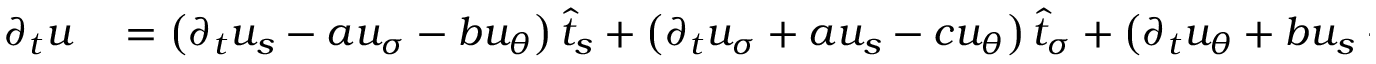
\begin{array} { r l } { \partial _ { t } u } & { { } = \left( \partial _ { t } u _ { s } - a u _ { \sigma } - b u _ { \theta } \right) \widehat { t } _ { s } + \left( \partial _ { t } u _ { \sigma } + a u _ { s } - c u _ { \theta } \right) \widehat { t } _ { \sigma } + \left( \partial _ { t } u _ { \theta } + b u _ { s } + c u _ { \sigma } \right) \widehat { t } _ { \theta } . } \end{array}